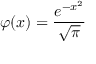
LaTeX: \varphi ( x ) = { \frac { e ^ { - x ^ { 2 } } } { \sqrt { \pi } } }